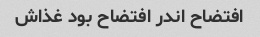
افتضاح اندر افتضاح بود غذاش